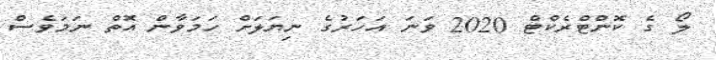
ލޯ ގެ ކޮންޓްރެކްޓް 2020 ވަނަ އަހަރުގެ ނިޔަލަށް ހަމަވާން އޮތް ނަމަވެސް